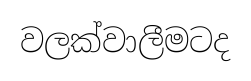
වලක්වාලීමටද